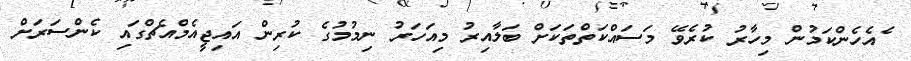
ެއެހެންކަމުން މިހާރު ކުރެވޭ މަސައްކަތްތަކަށް ބަލާއިރު މިއަހަރު ނިމުމުގެ ކުރިން އައިޖީއެމްއެޗްގައި ކެންސަރަށް